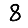
Digit: 8